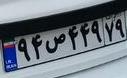
۹۴ص۴۴۹۷۹